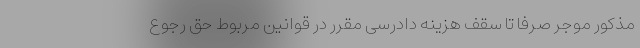
مذکور موجر صرفاً تا سقف هزینه دادرسی مقرر در قوانین مربوط حق رجوع